Indian journal of veterinary science and animal husbandry - Volumes 26-27, 1956-1957
Year: 1956
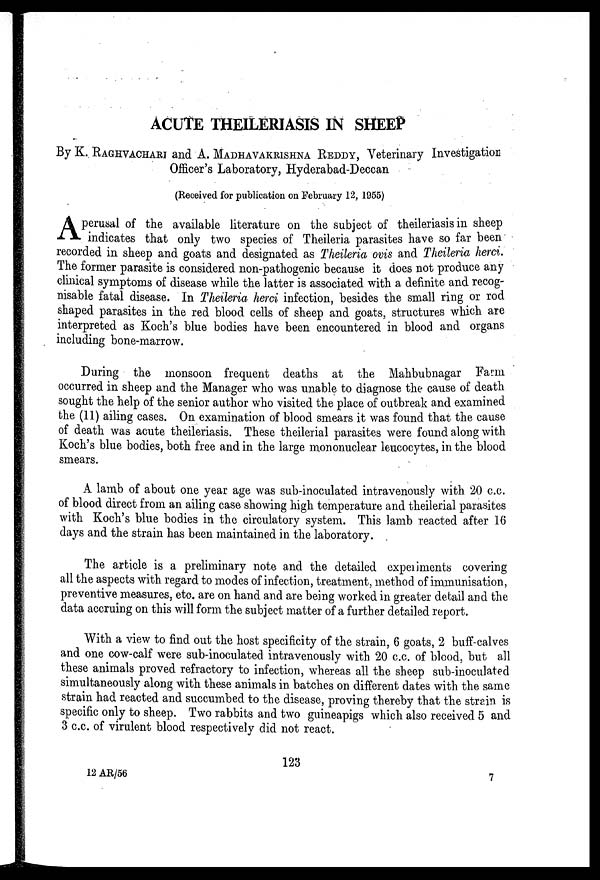
ACUTE THEILERIASIS IN SHEEP
By K. RAGHVACHARI and A. MADHAVAKRISHNA REDDY, Veterinary Investigation
Officer's Laboratory, Hyderabad-Deccan
(Received for publication on February 12, 1955)
A perusal of the available literature on the subject of theileriasis in sheep
indicates that only two species of Theileria parasites have so far been
recorded in sheep and goats and designated as Theileria ovis and Theileria herci.
The former parasite is considered non-pathogenic because it does not produce any
clinical symptoms of disease while the latter is associated with a definite and recog-
nisable fatal disease. In Theileria herci infection, besides the small ring or rod
shaped parasites in the red blood cells of sheep and goats, structures which are
interpreted as Koch's blue bodies have been encountered in blood and organs
including bone-marrow.
During the monsoon frequent deaths at the Mahbubnagar Farm
occurred in sheep and the Manager who was unable to diagnose the cause of death
sought the help of the senior author who visited the place of outbreak and examined
the (11) ailing cases. On examination of blood smears it was found that the cause
of death was acute theileriasis. These theilerial parasites were found along with
Koch's blue bodies, both free and in the large mononuclear leucocytes, in the blood
smears.
A lamb of about one year age was sub-inoculated intravenously with 20 c.c.
of blood direct from an ailing case showing high temperature and theilerial parasites
with Koch's blue bodies in the circulatory system. This lamb reacted after 16
days and the strain has been maintained in the laboratory.
The article is a preliminary note and the detailed experiments covering
all the aspects with regard to modes of infection, treatment, method of immunisation,
preventive measures, etc. are on hand and are being worked in greater detail and the
data accruing on this will form the subject matter of a further detailed report.
With a view to find out the host specificity of the strain, 6 goats, 2 buff-calves
and one cow-calf were sub-inoculated intravenously with 20 c.c. of blood, but all
these animals proved refractory to infection, whereas all the sheep sub-inoculated
simultaneously along with these animals in batches on different dates with the same
strain had reacted and succumbed to the disease, proving thereby that the strain is
specific only to sheep. Two rabbits and two guineapigs which also received 5 and
3 c.c. of virulent blood respectively did not react.
123
12 AR/56
7